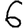
Digit: 6